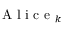
\mathrm { ~ A ~ l ~ i ~ c ~ e ~ } _ { k }